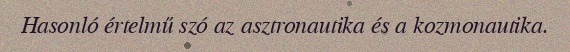
Hasonló értelmű szó az asztronautika és a kozmonautika.